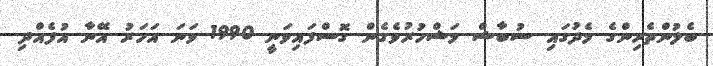
ބެލުންތެރިންގެ މެދުގައި ސުބާޝް މަޝްހުރުވެގެން ގޮސްފައިވަނީ 1990 ވަނަ އަހަރު އޭނާ އުފެއްދި